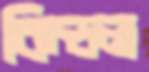
কিন্ডল